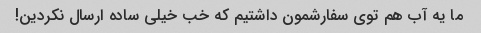
ما یه آب هم توی سفارشمون داشتیم که خب خیلی ساده ارسال نکردین!